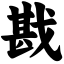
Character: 戡